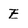
Character: E